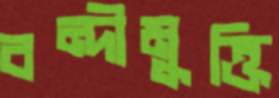
বন্দীমুক্তি